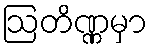
ဩတိဏ္ဏမှာ